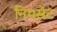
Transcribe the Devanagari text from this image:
निमसेट